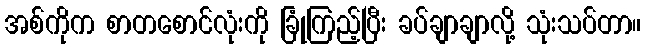
အစ်ကိုက စာတစောင်လုံးကို ခြုံကြည့်ပြီး ခပ်ချာချာလို့ သုံးသပ်တာ။